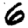
Digit: 6